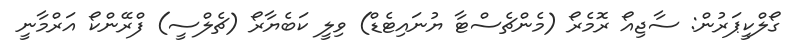
ގޯލްކީޕަރުން: ސާޖިއޯ ރޮމެރޯ (މެންޗެސްޓާ ޔުނައިޓެޑް) ވިލީ ކަބެޔާރޯ (ޗެލްސީ) ފްރޭންކޯ އަރްމާނީ